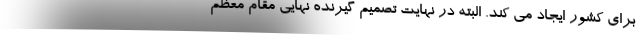
برای کشور ایجاد می کند. البته در نهایت تصمیم گیرنده نهایی مقام معظم